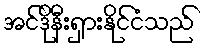
အင်ဒိုနီးရှားနိုင်ငံသည်